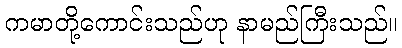
ကမာတို့ကောင်းသည်ဟု နာမည်ကြီးသည်။